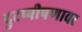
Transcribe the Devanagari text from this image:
दुटप्पीपणावर